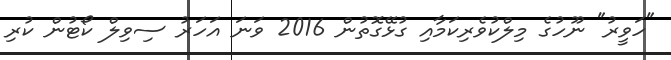
"ހަވީރު" ނޫހުގެ މިލްކުވެރިކަމާއި ގުޅޭގޮތުން 2016 ވަނަ އަހަރު ސިވިލް ކޯޓުން ކުރި